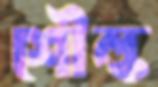
শৌল্ক